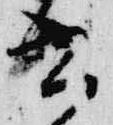
書